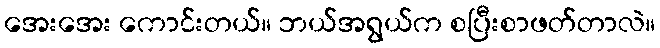
အေးအေး ကောင်းတယ်။ ဘယ်အရွယ်က စပြီးစာဖတ်တာလဲ။